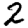
Digit: 2